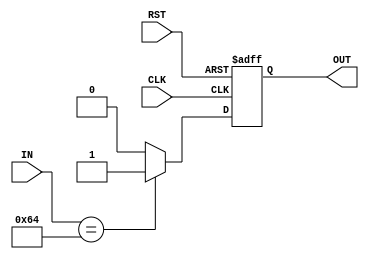
module comp99(
    input CLK,RST,
    input [6:0] IN,
    output reg OUT
    );
    

   always @(posedge CLK,posedge RST)
      if (RST)
         OUT <=0;
      else if (IN == 100)
         OUT <= 1'b1;
      else
         OUT <= 1'b0;
endmodule